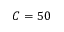
C = 5 0